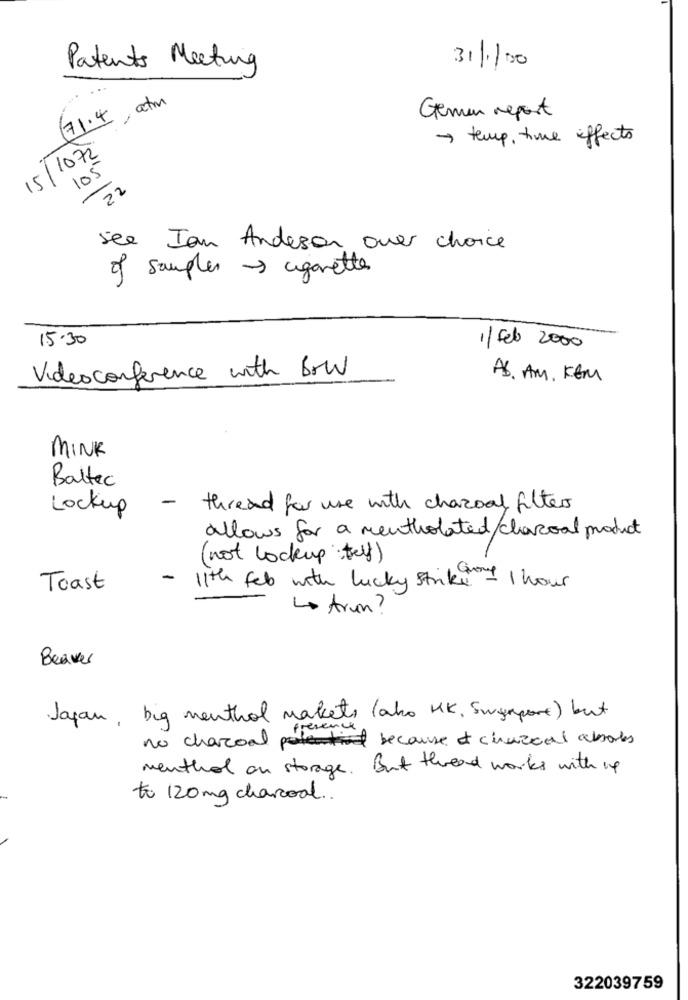
Patents Meeting
31/1/00
71.4 , atm
Germen report
> temp, time effects
15/1072
105
22
see Ian Anderson over choice
of samples > cigarettes
15.30
1/ Feb 2000
Videoconference with Bow
AB. AM. KEM
MINK
Battec
Lockup
- thread for use with charcoal filters
allows for a mentholated/charcoal product
(not lockup telf)
-
Toast
11th feb with lucky strike+ 1 hour
Lo Arun?
Beaver
Japan, big menthol maket, ( also KK, Suyaport) but
Presence
no charcoal because of cirurcal absorbs
menthol on storage. But thread works with 14
to 120mg charcoal ..
322039759